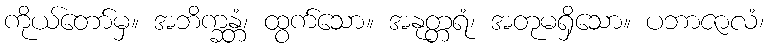
ကိုယ်တော်မှ။ အဘိက္ခန္တံ၊ ထွက်သော။ အနုတ္တရံ၊ အတုမရှိသော။ ပဘာဇာလံ၊